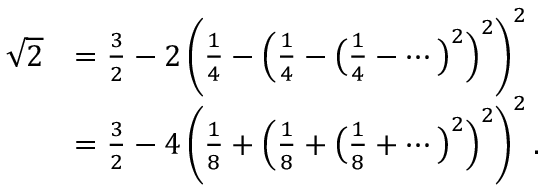
{ \begin{array} { r l } { { \sqrt { 2 } } } & { = { \frac { 3 } { 2 } } - 2 \left( { \frac { 1 } { 4 } } - \left( { \frac { 1 } { 4 } } - { \bigl ( } { \frac { 1 } { 4 } } - \cdots { \bigr ) } ^ { 2 } \right) ^ { 2 } \right) ^ { 2 } } \\ & { = { \frac { 3 } { 2 } } - 4 \left( { \frac { 1 } { 8 } } + \left( { \frac { 1 } { 8 } } + { \bigl ( } { \frac { 1 } { 8 } } + \cdots { \bigr ) } ^ { 2 } \right) ^ { 2 } \right) ^ { 2 } . } \end{array} }